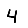
Digit: 4